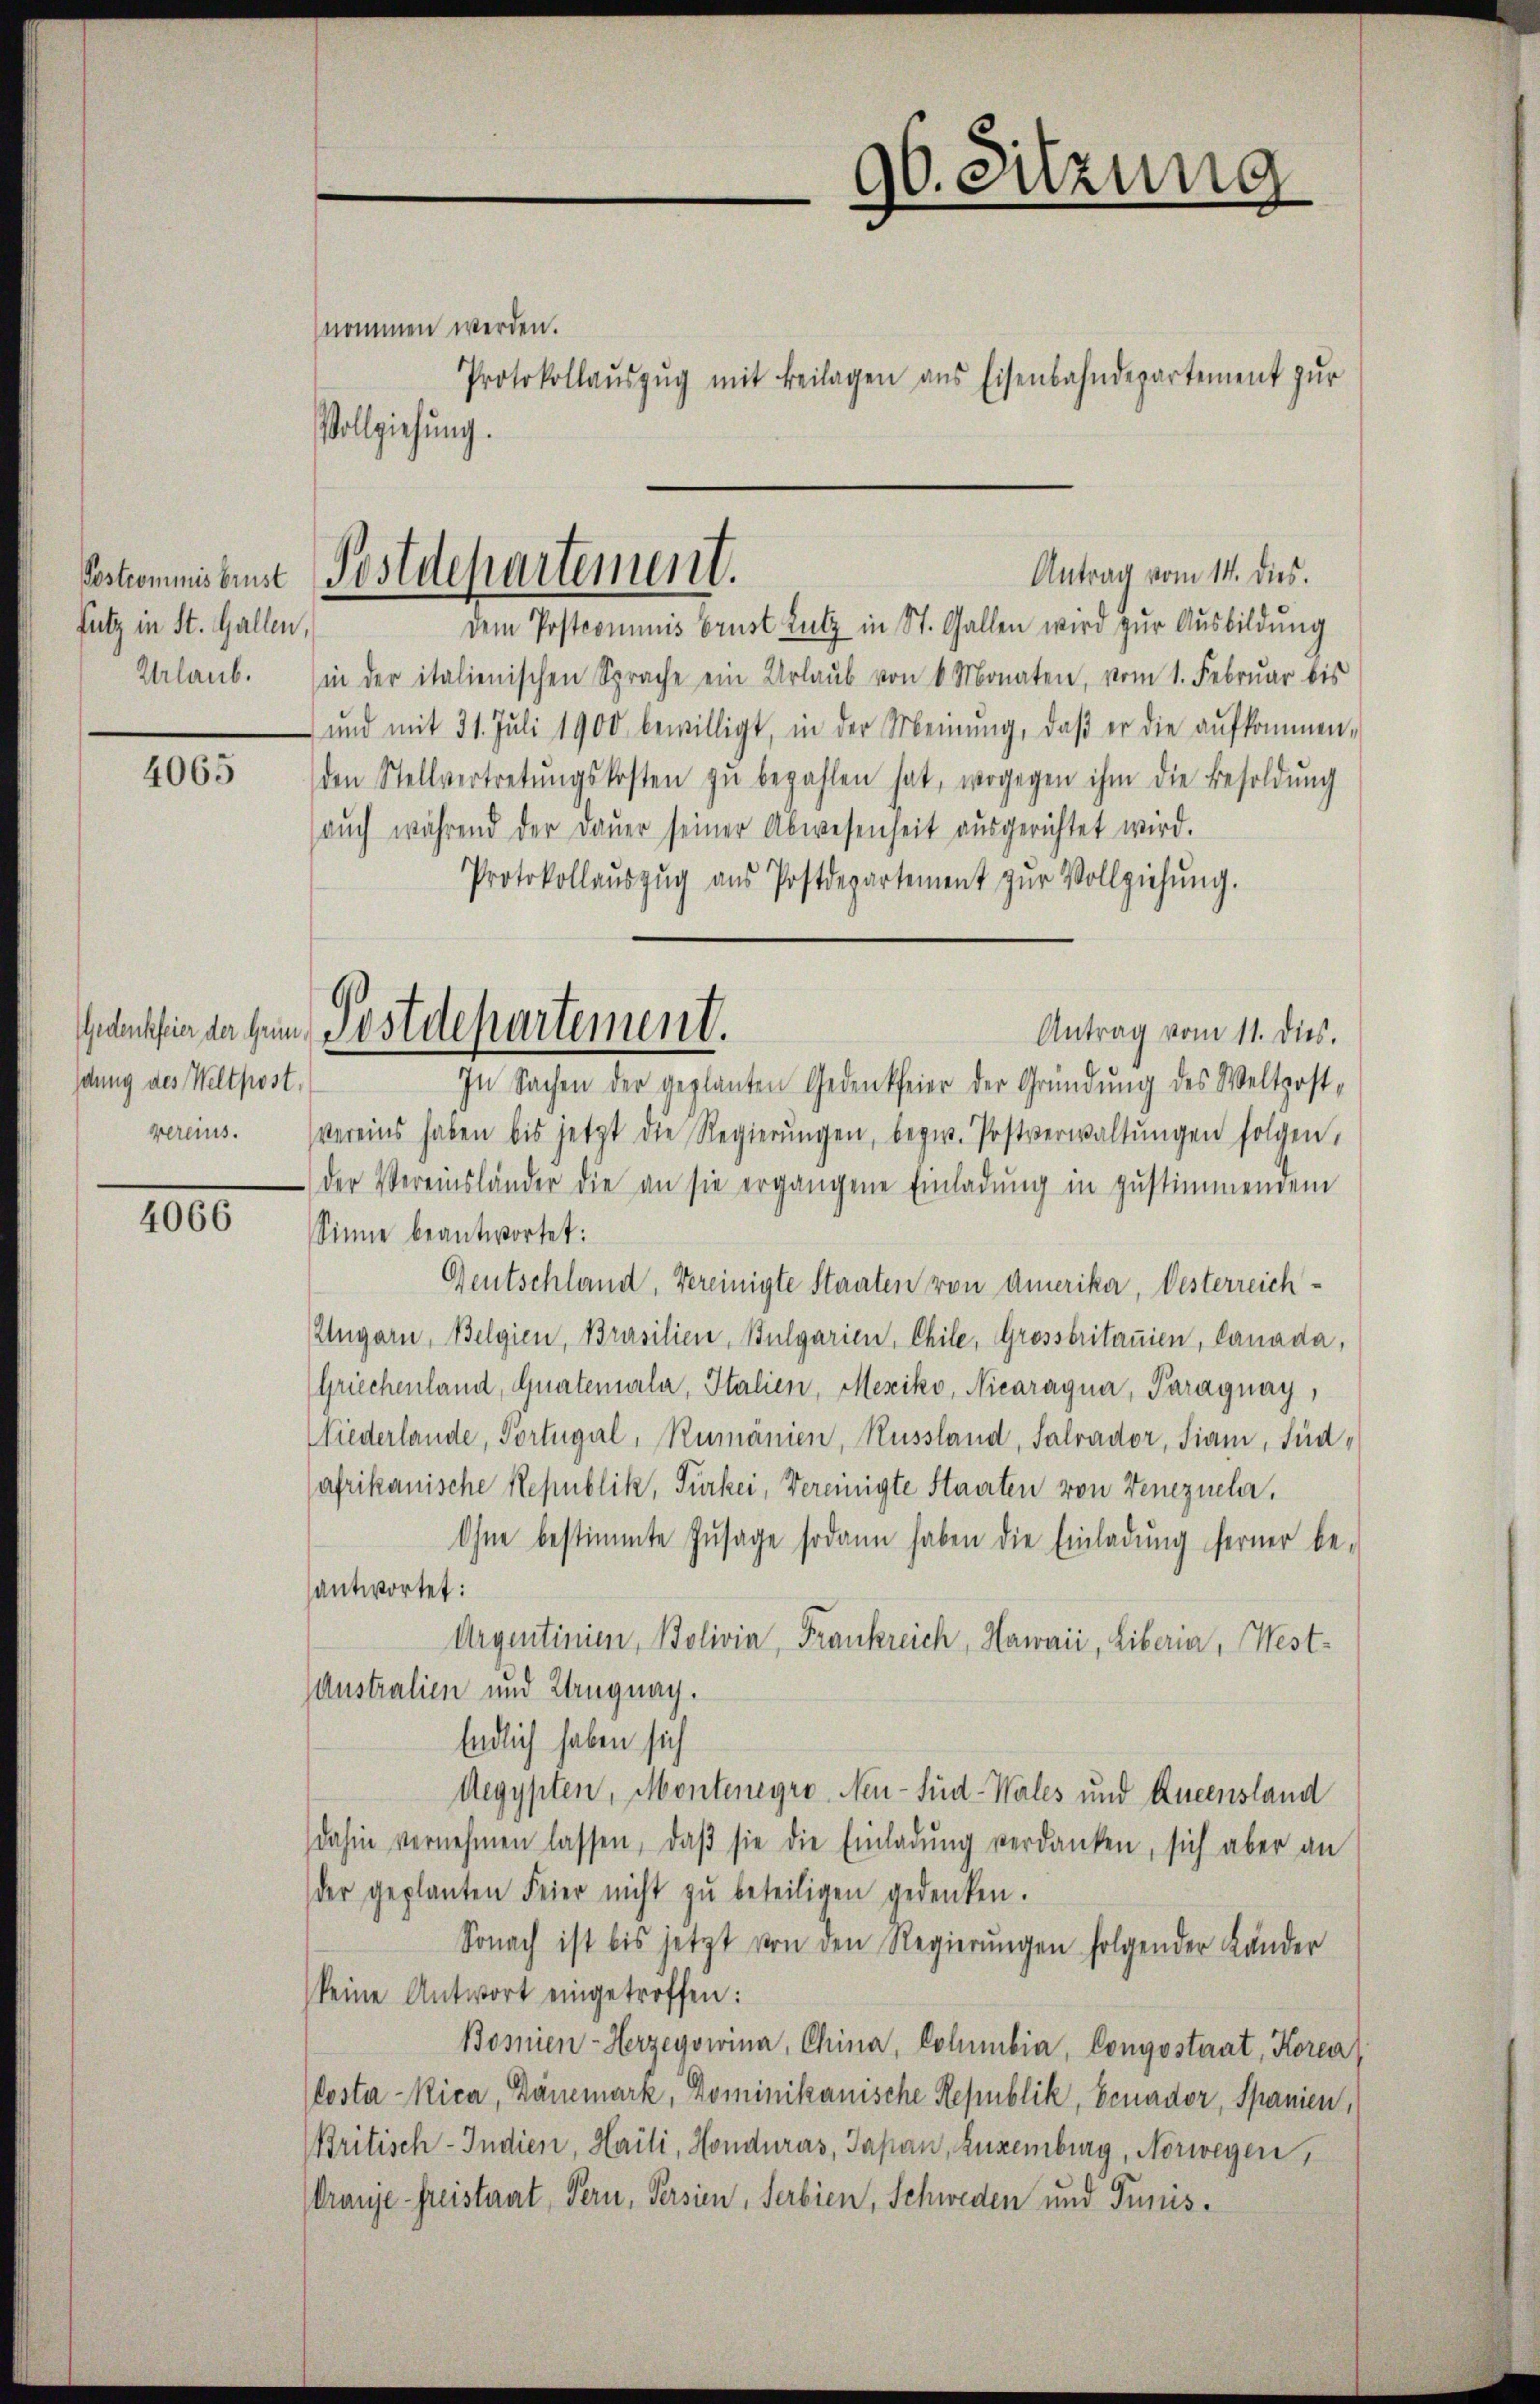
futz in St. Gallen,
Urlaub.

4065

4066

dung des Weltpost.

nommen werden.
Protokollaŭszŭg mit Beilagen ans Eisenbahndepartement zŭr
Vollziehung.

Veskommissenst Postdepartement.

Antrag vom 14. dies.
dem Postcommis Brust Lutz in St. Gallen wird zur Ausbildung
in der italienischen Sprache ein Urlaub von 6 Monaten, vom 1. Februar bis
) und mit 31. Juli 1900 bewilligt, in der Meinung, daβ er die aufkommen,
den Stellvertretŭngskosten zŭ bezahlen hat, wogegen ihm die Besoldŭng
aŭch während der Daŭer seiner Abwesenheit aŭsgerichtet wird.
Protokollaŭszŭg aŭs Postdepartement zŭr Vollziehŭng.
Antrag vom 11. dies.
In Sachen der geplanten Gedenkfeier der Gründung des Weltpost-
vereins. vereins haben bis jetzt die Regierŭngen, bezw. Postverwaltŭngen folgen,
der Vereinsländer die an sie ergangene Einladung in zustimmendem
Sinne beantwortet:
Deutschland, Vereinigte Staaten von Amerika, Oesterreich¬
Ungarn, Belgien, Brasilien, Bulgarien, Chile, Grossbritanien, lanada,
Griechenland, Quatenurla, Italien, Mexiko, Nicaragua, Paraguay,
Niederlande, Portugal, Rumänien, Russland, Salvador, Fiam, finafrikanische Republik, Türkei, Vereinigte Staaten von Venezieler,
Ohne bestimmte Zusage sodann haben die Einladung ferner be-
santwortet:
Argentinien, Bolivin, Frankreich, Hawaii, Liberia, West¬
Australien und Langnag.
Endlich haben sich
Aegypten, Montenegro Neu-Sud-Wales und Rueensland
dahin vernehmen lassen, daβ sie die Einladŭng verdanken, sich aber an
der geplanten Feier nicht zŭ beteiligen gedenken.
Sonach ist bis jetzt von den Regierŭngen folgender Länder
keine Antwort eingetroffen:
Bosnien-Herzegowina, China, Columbia, Congostaat, Korea
Costa-Rica, Dänemark, Dominikanische Republik, Benador, Spanien,
ritisch-Indien, Haili, Honduras, Japan, Luxenburg, Norwegen,
(Granje Freisterat Pern, Versien, Serbien, Schweden und Tunis¬

Gedanken da sein Postdepartement.

96. Sitzung